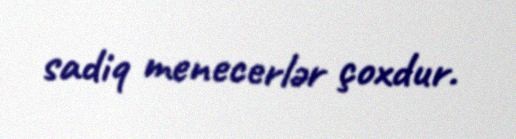
sadiq menecerlər çoxdur.